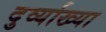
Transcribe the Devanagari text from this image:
दुर्व्याख्या